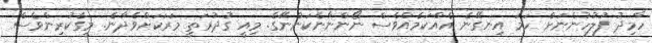
ހާމިދު ފުލުހުންނަށް ހަމަ އިނގޭނެ އެއްކަމެއްވެސް ނޯންނާނެކަންނޭގެ. މިއީ ގުދުރަތީ މަރަކަށްވެދާނެ. މީގެކުރިންވެސް